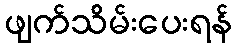
ဖျက်သိမ်းပေးရန်